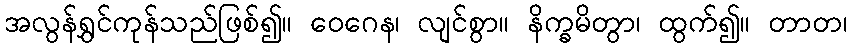
အလွန်ရွှင်ကုန်သည်ဖြစ်၍။ ဝေဂေန၊ လျင်စွာ။ နိက္ခမိတွာ၊ ထွက်၍။ တာတ၊